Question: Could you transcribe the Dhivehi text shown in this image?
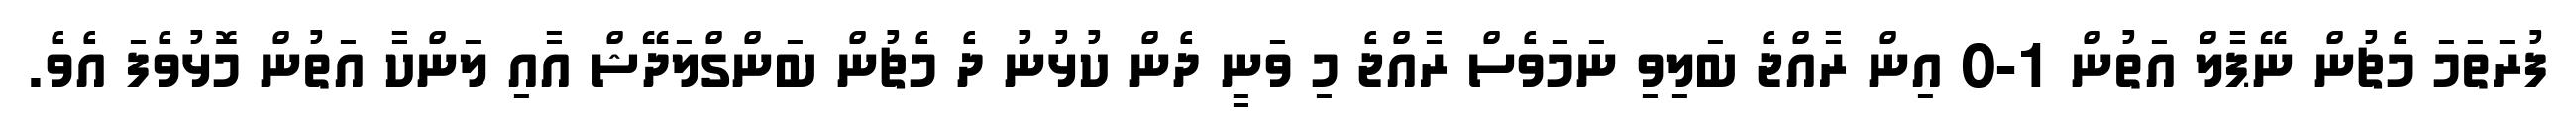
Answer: ފުރަތަމަ މެޗުން ނޭޕާލް އަތުން 1-0 އިން ރާއްޖެ ބަލިވި ނަމަވެސް ރާއްޖެ މި ވަނީ ދެން ކުޅުނު ދެ މެޗުން ބަންގްލަދޭޝް އާއި ލަންކާ އަތުން މޮޅުވެފަ އެވެ.